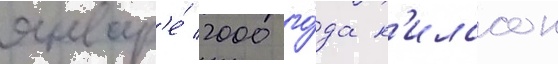
январ'е́ 2000 го́да н'илссон